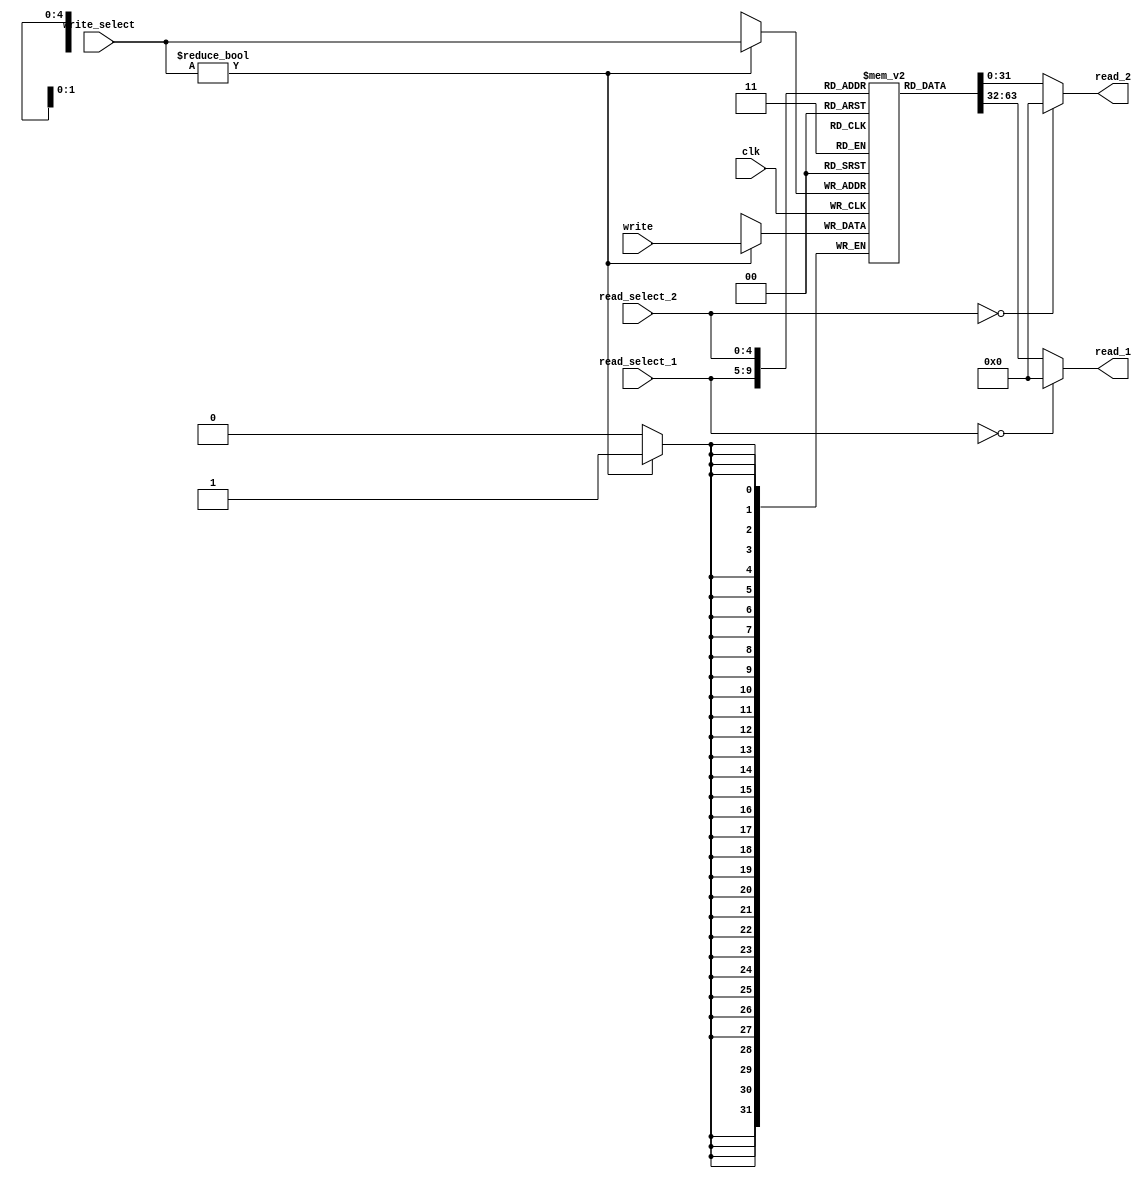
// RISC-V has 31 general registers, numbered from 1-31; 'register 0' cannot be
// set and its value is always zero

// (In other words, instructions which use 'register zero' as a source register
//  are actually just using a constant zero as operand)

module register_file
(
  input clk,

  input [4:0] read_select_1,
  output reg [31:0] read_1,

  input [4:0] read_select_2,
  output reg [31:0] read_2,

  input [4:0] write_select, // if write_select = 0, don't write anything
  input [31:0] write
);

reg [31:0] registers [31:1];

always @(posedge clk)
  if (write_select != 0)
    registers[write_select] <= write;

always @*
  if (read_select_1 == 0)
    read_1 = 0;
  else
    read_1 = registers[read_select_1];

always @*
  if (read_select_2 == 0)
    read_2 = 0;
  else
    read_2 = registers[read_select_2];

endmodule